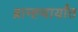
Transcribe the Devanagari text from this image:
ब्राम्ह्चार्यांत